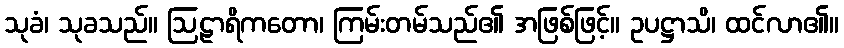
သုခံ၊ သုခသည်။ ဩဠာရိကတော၊ ကြမ်းတမ်သည်၏ အဖြစ်ဖြင့်။ ဥပဋ္ဌာသိ၊ ထင်လာ၏။